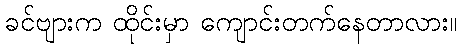
ခင်ဗျားက ထိုင်းမှာ ကျောင်းတက်နေတာလား။